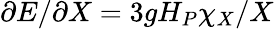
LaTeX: \partial E/\partial X=3gH_{P}\chi_{X}/X